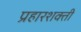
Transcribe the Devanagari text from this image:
प्रहारशक्ती